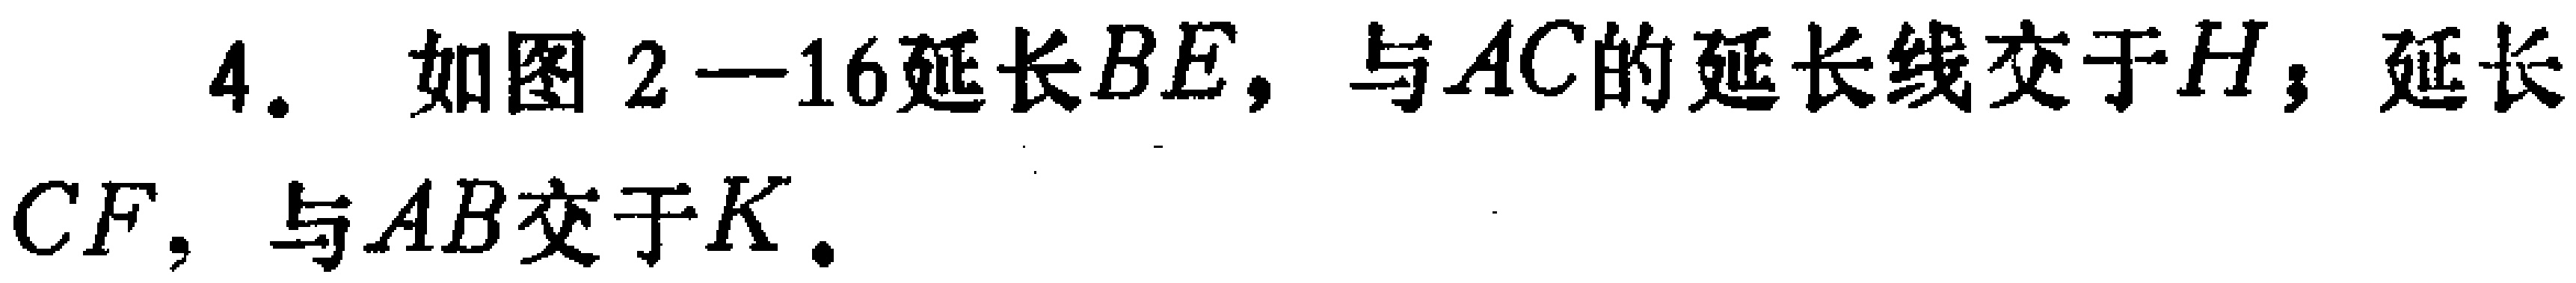
4. 如图2—16延长\(BE\)，与\(AC\)的延长线交于\(H\)；延长\(CF\)，与\(AB\)交于\(K\).